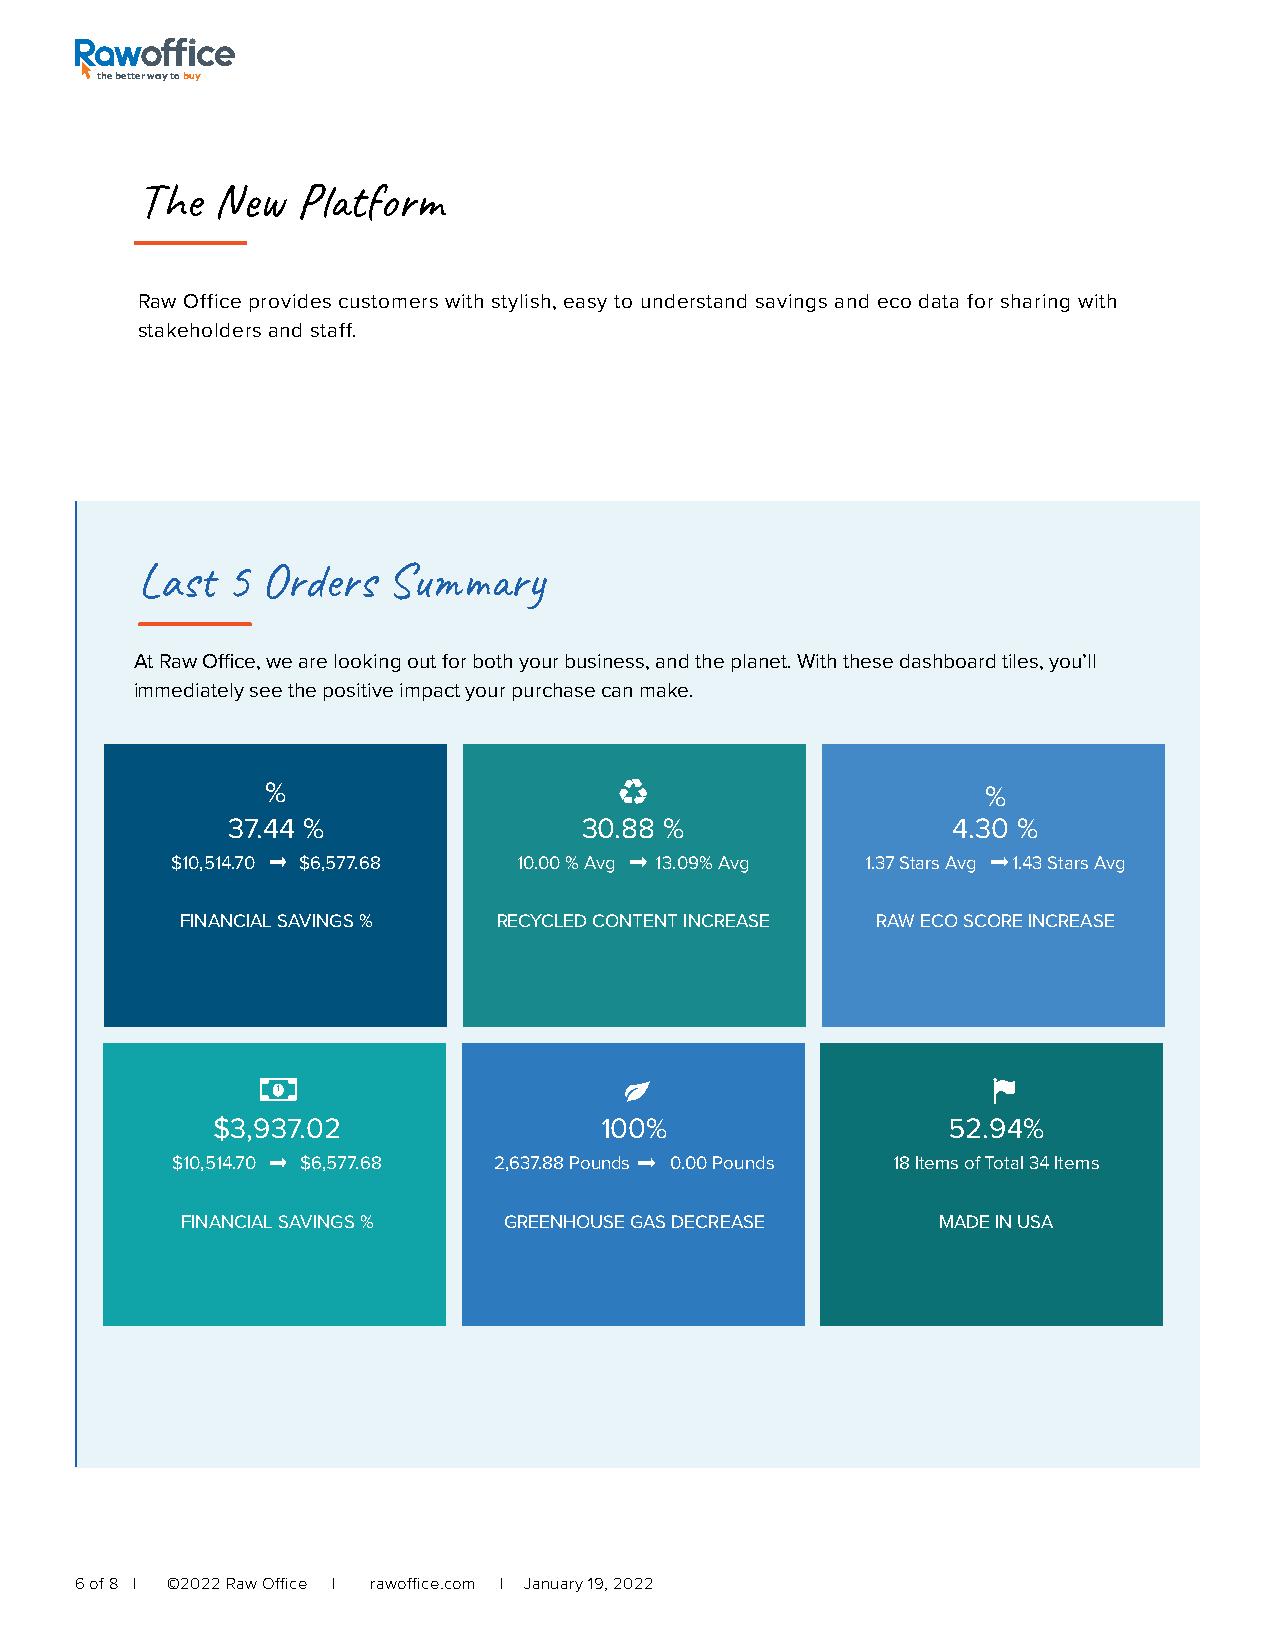
the better way to buy
 The  New   Platform
 Raw Office provides customers with stylish, easy to understand savings and eco data for sharing with
 stakeholders and staff.
 Last  5 Orders   Summary
 At Raw Office, we are looking out for both your business, and the planet. With these dashboard tiles, you’ll
 immediately see the positive impact your purchase can make.
 %                                              %
 37.44 %                 30.88 %                 4.30 %
 $10,514.70 $6,577.68   10.00 % Avg 13.09% Avg 1.37 Stars Avg 1.43 Stars Avg
 FINANCIAL SAVINGS %  RECYCLED CONTENT INCREASE RAW ECO SCORE INCREASE
 1
 $3,937.02                 100%                   52.94%
 $10,514.70 $6,577.68  2,637.88 Pounds 0.00 Pounds 18 Items of Total 34 Items
 FINANCIAL SAVINGS %  GREENHOUSE GAS DECREASE      MADE IN USA
 6 of 8 | ©2022 Raw Office | rawoffice.com | January 19, 2022